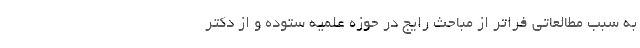
به سبب مطالعاتی فراتر از مباحث رایج در حوزه علمیه ستوده و از دکتر